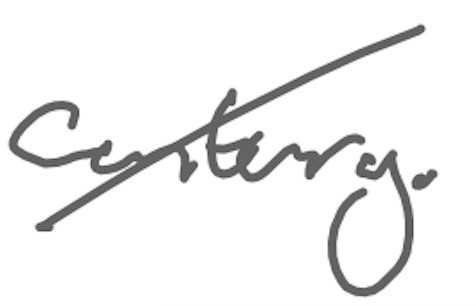
Text: century.
Cross-out: diagonal
Writing tool: digital_gray